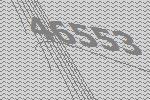
46553